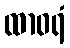
ထာဝရံ